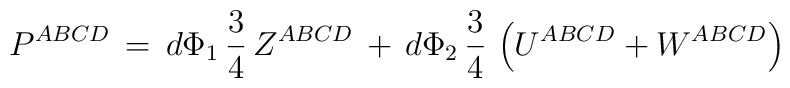
P^{ABCD} \, = \, d \Phi_1 \, \frac{3}{4} \, Z^{ABCD}   \, + \, d\Phi_2 \, \frac{3}{4} \, \left( U^{ABCD} + W^{ABCD} \right)